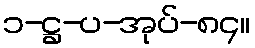
၁-ဋ္ဌ-ပ-အုပ်-၈၄။